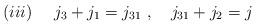
LaTeX: \begin{align*}(iii)\ \ \ \ j_{3}+j_{1}=j_{31}\ ,\ \ \ j_{31}+j_{2}=j\end{align*}